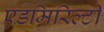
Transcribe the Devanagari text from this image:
एडमिरिल्टी